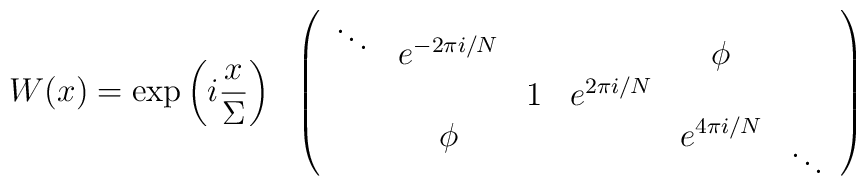
W(x) = \exp\left(i \frac{x}{\Sigma}\right)\ \ \left(\begin{array}{cccccc}\mbox{}^{\ddots} &  e^{-2\pi i/N} & & & \phi\\ &  & 1 & e^{2\pi i/N} & & \\& \phi & & & e^{4\pi i/N} & \mbox{}_{\ddots}\end{array}\right)